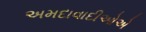
અમદાવાદીઓએ